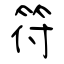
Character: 符